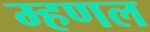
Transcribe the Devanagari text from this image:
म्हणल